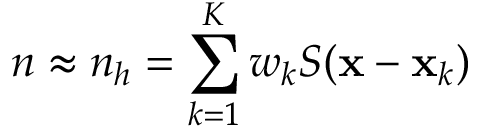
n \approx n _ { h } = \sum _ { k = 1 } ^ { K } w _ { k } S ( { \mathbf x } - { \mathbf x } _ { k } )